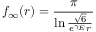
f _ { \infty } ( r ) = \frac { \pi } { \ln \frac { \sqrt { 6 } } { e ^ { \gamma _ { E } } r } }